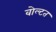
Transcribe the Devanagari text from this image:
वोल्टत